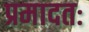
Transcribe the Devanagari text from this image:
प्रमादतः